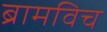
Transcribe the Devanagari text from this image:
ब्रामविच